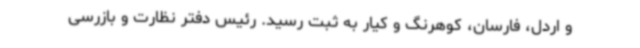
و اردل، فارسان، کوهرنگ و کیار به ثبت رسید. رئیس دفتر نظارت و بازرسی